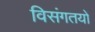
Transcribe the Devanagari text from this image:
विसंगतयों